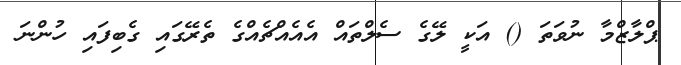
ޕްލާޒްމާ ނުވަތަ () އަކީ ލޭގެ ސެލްތައް އެއެއްޗެއްގެ ތެރޭގައި ގެބިފައި ހުންނަ